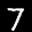
Label: 7